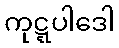
ကုဋ္ဋပါဒေါ